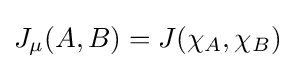
J_{\mu }(A,B)=J(\chi _{A},\chi _{B})